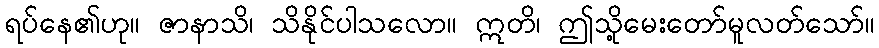
ရပ်နေ၏ဟု။ ဇာနာသိ၊ သိနိုင်ပါသလော။ ဣတိ၊ ဤသို့မေးတော်မူလတ်သော်။